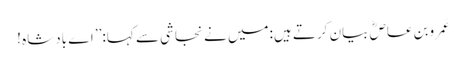
عَمروبن عاصؓ بیان کرتے ہیں:میں نے نجاشی سے کہا:’’ اے بادشاہ !